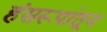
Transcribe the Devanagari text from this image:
हंसरूपांतून